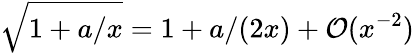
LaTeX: \sqrt{1+a/x}=1+a/(2x)+\mathcal O(x^{-2})